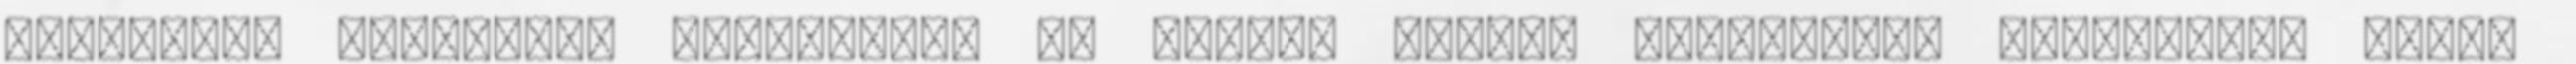
biológiai működések PREAMBULUM Az Európa Tanács Miniszteri Bizottsága által